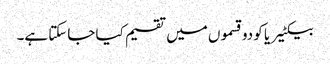
بیکٹیریا کو دو قسموں میں تقسیم کیا جاسکتا ہے۔